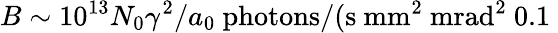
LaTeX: B\sim 10^{13}N_{0}\gamma^{2}/a_{0}\ \mathrm{photons}/(\mathrm{s}\ \mathrm{mm}^{2}\ \mathrm{mrad}^{2}\ 0.1\